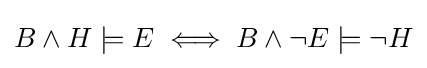
B\land H\models E\iff B\land \neg E\models \neg H